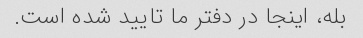
بله، اینجا در دفتر ما تایید شده است.